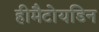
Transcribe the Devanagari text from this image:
हीमैटोयडिन